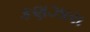
કણઝારા